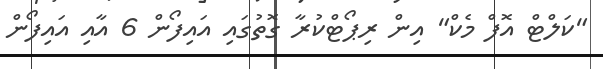
"ކަލްޓް އޮފް މެކް" އިން ރިޕޯޓްކުރާ ގޮތުގަައި އައިފޯން 6 އާއި އައިފޯން